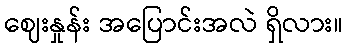
ဈေးနှုန်း အပြောင်းအလဲ ရှိလား။